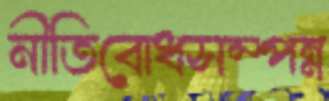
নীতিবোধসম্পন্ন